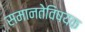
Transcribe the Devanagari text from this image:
समानतेविषयक